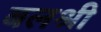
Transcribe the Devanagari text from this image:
बलश्री